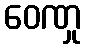
ဝေဏှု